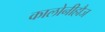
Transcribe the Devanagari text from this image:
कालोनीहौज